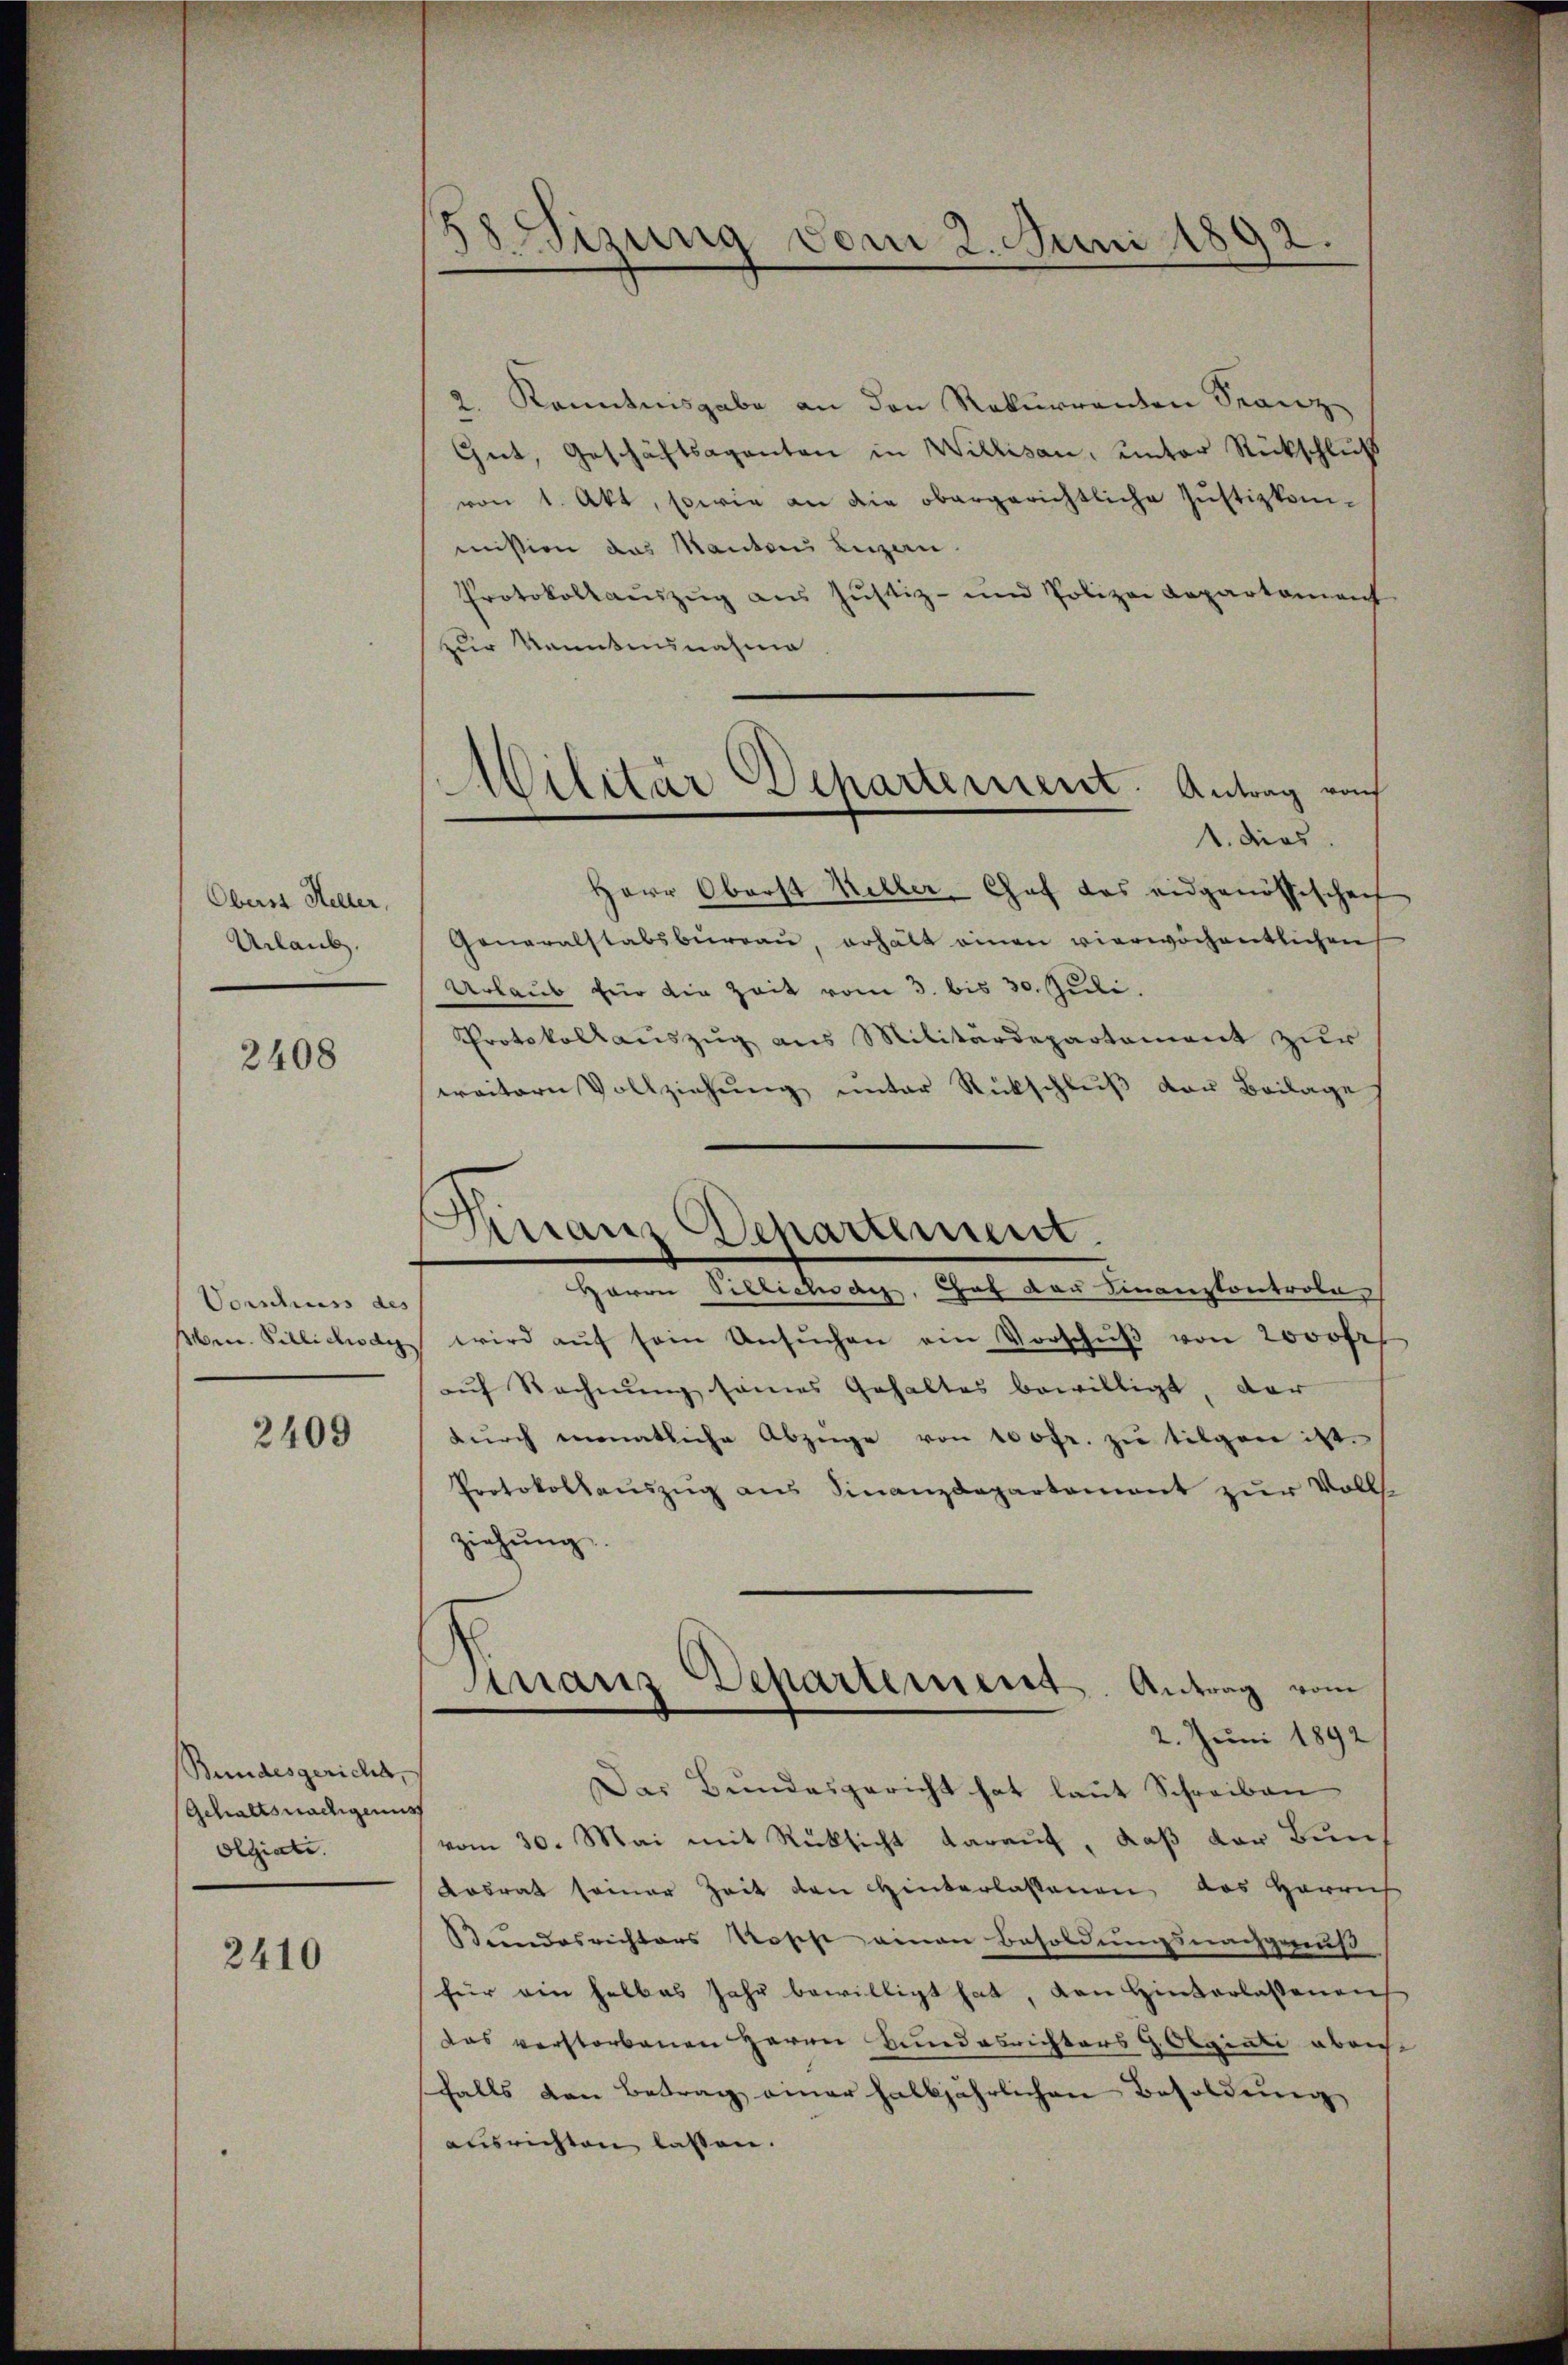
Oberst Heller,
Urlaub.

2408

Vorschuss des

2409

Bundesgericht,
Gehaltsnachigeru
olgiati

2410

58 Sizung vom 2. Juni 1892.
e

2. Kenntnisgabe an den Rekurrenten Stanz
Gut, Geschäftsaganten in Willisau, unter Rückschluß
von 1. Akt, sowie an die obergerichtliche Justizkommission das Mantons Luzern.
Protokollaŭszŭg aŭs Jŭstiz- und Polizei Lopartament
zur Manntesnahme
1. dies
Herr Oberst Keller Chef das eidgenössischen
Generalstabsbureau, erhält einen vierwöchentlichen
Urlaub für die Zeit vom 3. bis 30. Juli.
Protokollaŭszŭg ans Militärdepartement zŭr
ereitern Vollziehŭng ŭnter Rückschlŭβ der Beilage
Haron Pillichsatz, Hat der Finanzkontrole
ben. Villichsag wird aŭf sein Ansŭchen ein Vorschŭβ von 2000fr
auf Rechnung seines Gehaltes bewilligt, der
dŭrch monatliche Abzüge von 100fr. zu tilgen ist.
Protokollaŭszŭg aŭs Finanzdepartement zŭr Volls-
ziehung.
2. Juni 1892
Das Bundesgericht hat laut Schreiben
vom 30. Mai mit Rücksicht darauf, daß der Bun
Kosrat seiner Zeit den Hinterlassenen das Harris
Bundesrichters Rosche einen Besoldungsnachgenuß
für ein halbes Jahr bewilligt hat, den Hinterlassenens
das verstorbenen Herrn Bundesrichters G. Olgiati abric
falls den Betrag einer halbjährlichen Besoldung
ausrichten lassen.

Militär chartement. Antrag nach

Quanz Departement.

Finanz Departement. Antrag vom